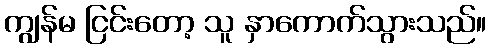
ကျွန်မ ငြင်းတော့ သူ နှာကောက်သွားသည်။